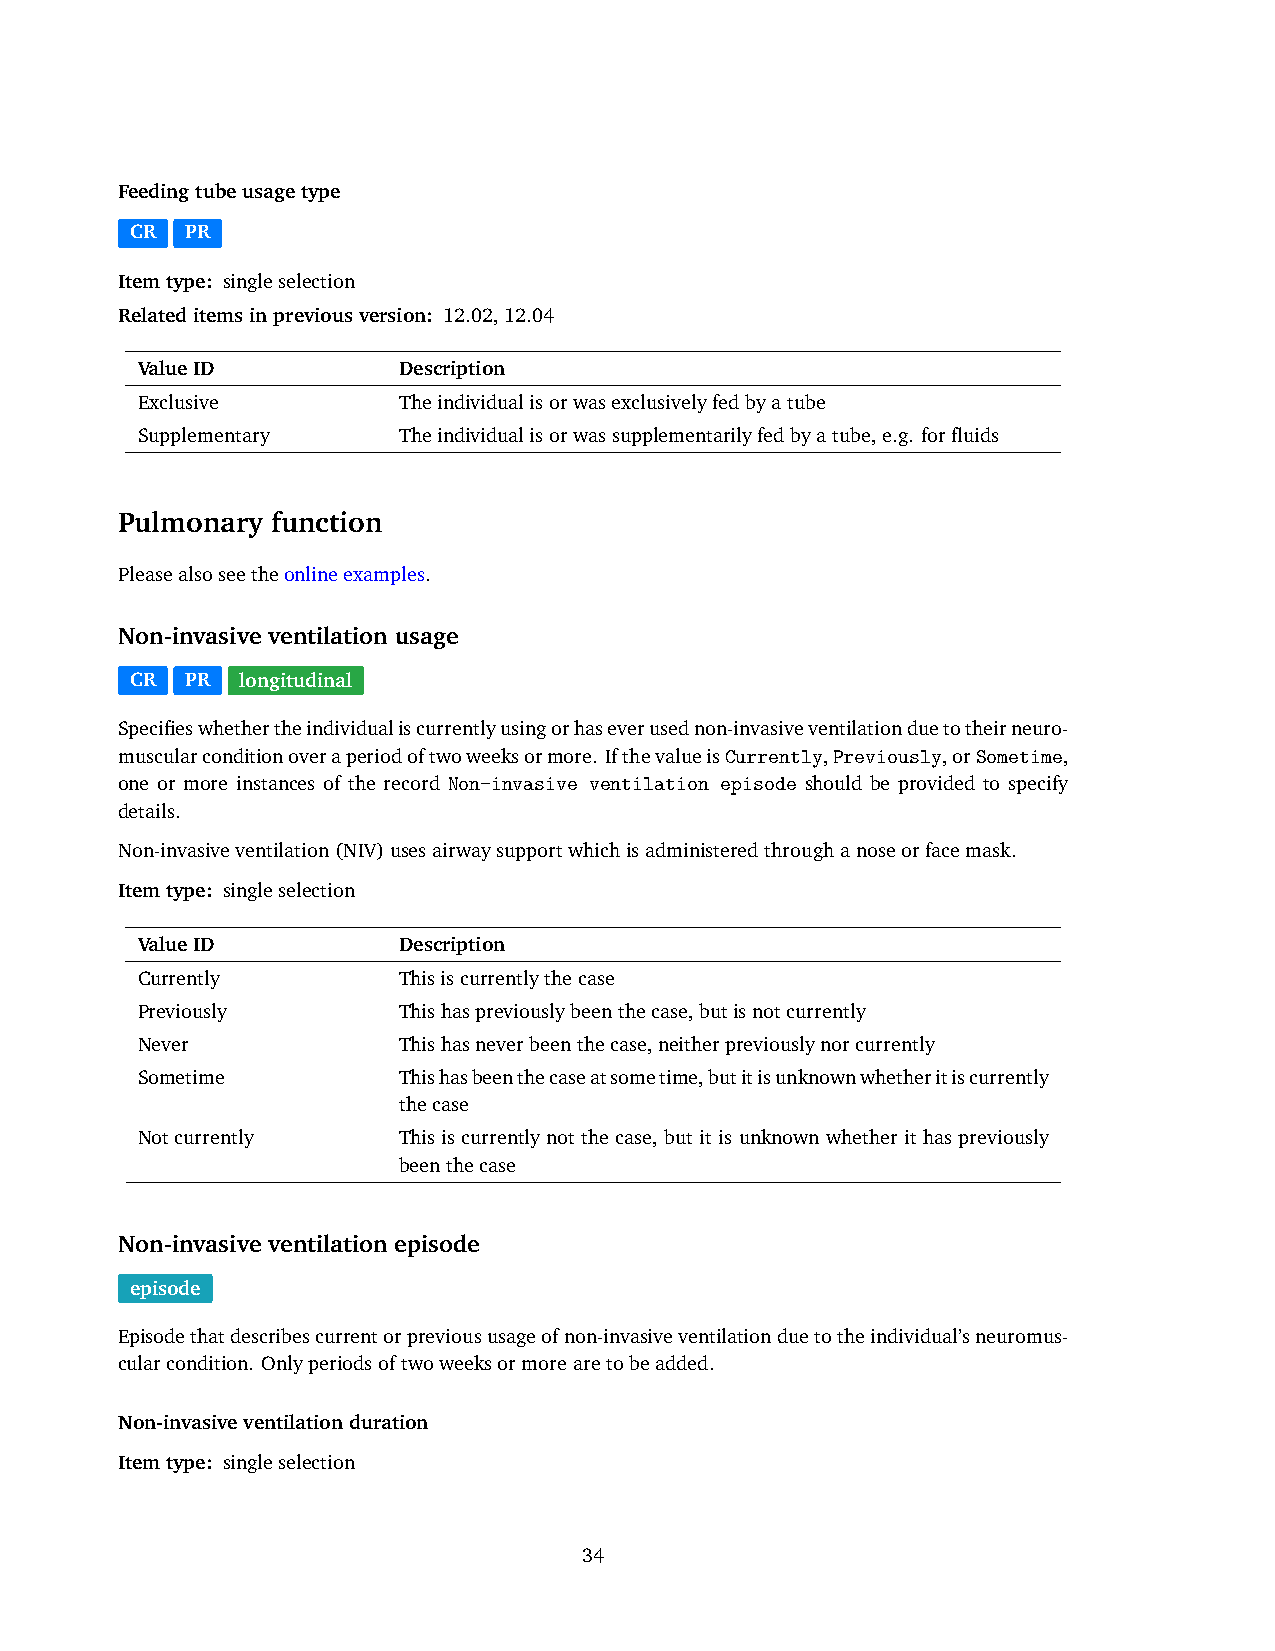
Feedingtubeusagetype
 CR PR
 Itemtype: singleselection
 Relateditemsinpreviousversion: 12.02,12.04
 ValueID          Description
 Exclusive        Theindividualisorwasexclusivelyfedbyatube
 Supplementary    Theindividualisorwassupplementarilyfedbyatube,e.g. forfluids
 Pulmonary function
 Pleasealsoseetheonlineexamples.
 Non-invasive ventilation usage
 CR PR  longitudinal
 Specifieswhethertheindividualiscurrentlyusingorhaseverusednon-invasiveventilationduetotheirneuro-
 muscularconditionoveraperiodoftwoweeksormore. IfthevalueisCurrently,Previously,orSometime,
 one or more instances of the record Non-invasive ventilation episode should be provided to specify
 details.
 Non-invasiveventilation(NIV)usesairwaysupportwhichisadministeredthroughanoseorfacemask.
 Itemtype: singleselection
 ValueID          Description
 Currently        Thisiscurrentlythecase
 Previously       Thishaspreviouslybeenthecase,butisnotcurrently
 Never            Thishasneverbeenthecase,neitherpreviouslynorcurrently
 Sometime         Thishasbeenthecaseatsometime,butitisunknownwhetheritiscurrently
 thecase
 Notcurrently     This is currently not the case, but it is unknown whether it has previously
 beenthecase
 Non-invasive ventilation episode
 episode
 Episodethatdescribescurrentorprevioususageofnon-invasiveventilationduetotheindividual’sneuromus-
 cularcondition. Onlyperiodsoftwoweeksormorearetobeadded.
 Non-invasiveventilationduration
 Itemtype: singleselection
 34